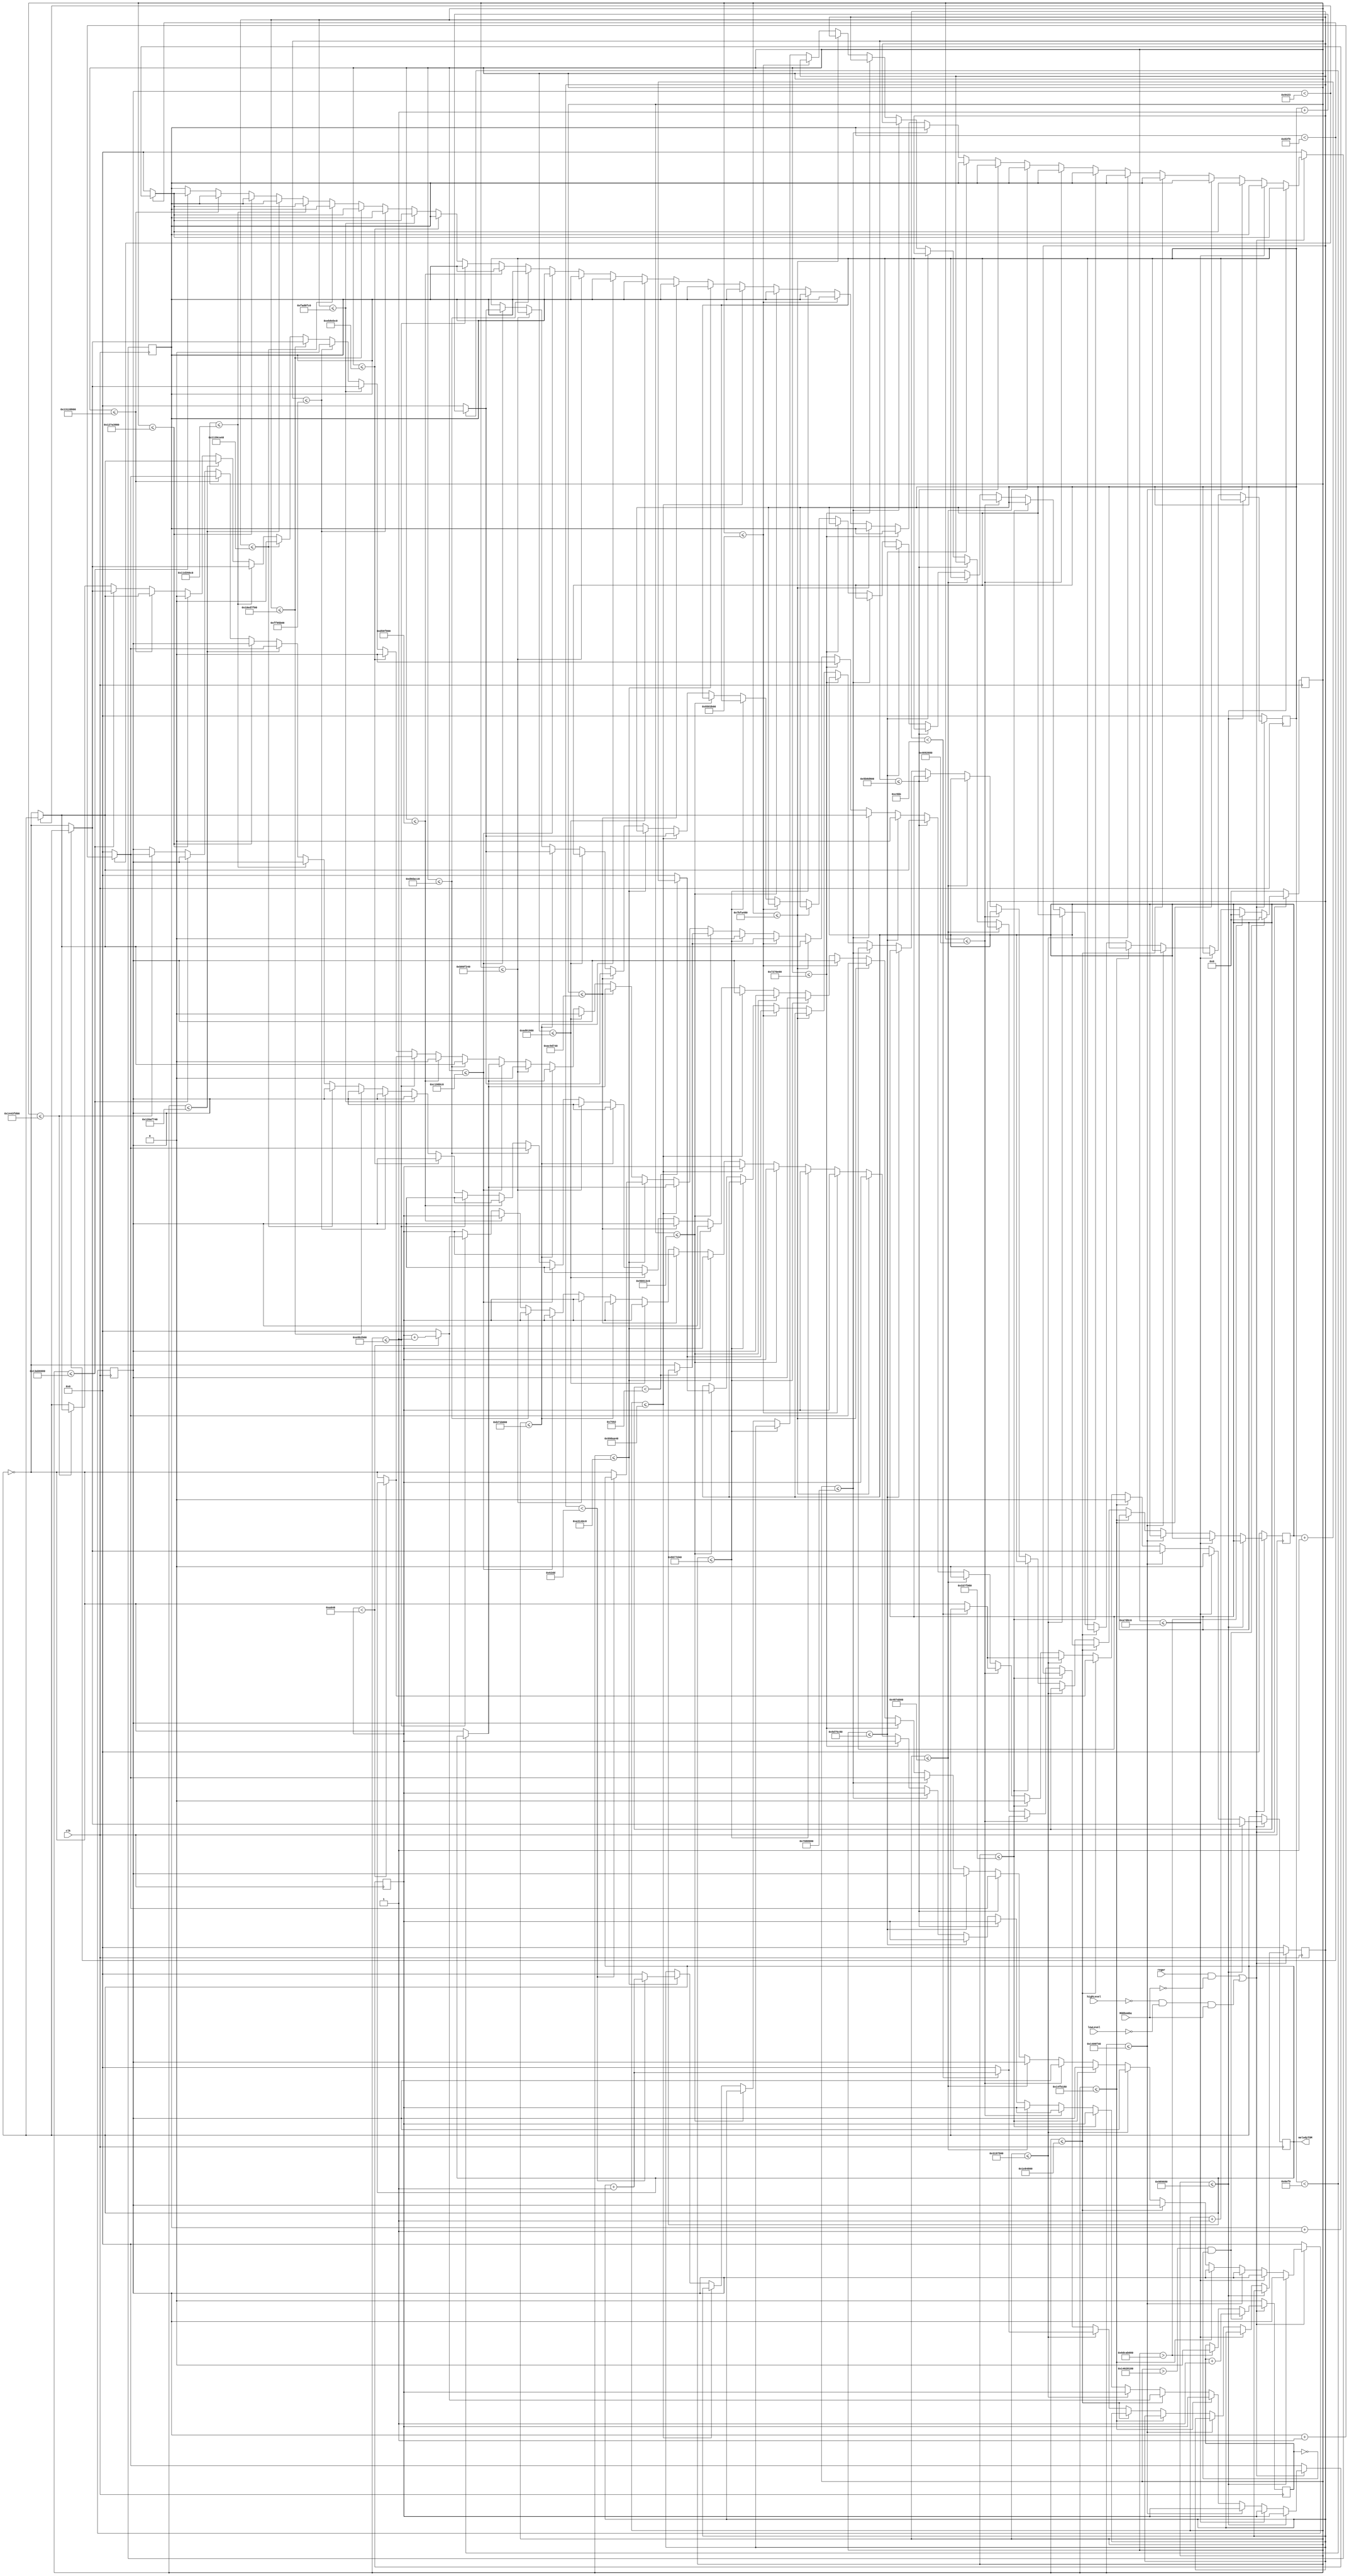
module alarmaTOM(clk, regar, MODbomba, lowLevel, highLevel, melodyTOM);				// Take On Me - a-ha
	input wire clk;
	input wire regar;		// Indica si se debe regar la planta
	input wire MODbomba;		// Indica si el mdulo de la bomba est conectado
	input wire lowLevel;		// Nivel de agua del tanque alto (5 %)
	input wire highLevel;		// Nivel de agua del tanque alto (90 %)
	output reg melodyTOM;		// Cancin a reproducir en el parlante
	
	reg [19:0] re;
	reg [19:0] mi;
	reg [19:0] fa;
	reg [19:0] sol;
	reg [19:0] la;
	reg [19:0] si;
	reg [63:0] tiempo;
	reg repetir;			// Para repetir la meloda 2 veces

	initial begin
		tiempo = 64'b0;
		re = 20'b0;
		mi = 20'b0;
		fa = 20'b0;
		sol = 20'b0;
		la = 20'b0;
		si = 20'b0;
		repetir = 1'b0;
	end

	always @(posedge clk) begin
		
		
		if(regar && !MODbomba || (!highLevel && !lowLevel && MODbomba)) begin
		
			if(tiempo <= 64'd10_000_000) begin
				if(fa < 20'd33_784) begin
					fa <= fa + 20'd1;
				end else begin
					melodyTOM <= !melodyTOM;
					fa <= 20'd0;
				end
			end else if(tiempo <= 64'd11_000_000) begin
					melodyTOM <= 1'd0;
			end else if(tiempo <= 64'd21_000_000) begin
				if(fa < 20'd33_784) begin
					fa <= fa + 20'd1;
				end else begin
					melodyTOM <= !melodyTOM;
					fa <= 20'd0;
				end
			end else if(tiempo <= 64'd22_000_000) begin
					melodyTOM <= 1'd0;
			end else if(tiempo <= 64'd32_000_000) begin
				if(re < 20'd42_566) begin
					re <= re + 20'd1;
				end else begin
					melodyTOM <= !melodyTOM;
					re <= 20'd0;
				end
			end else if(tiempo <= 64'd52_000_000) begin
				if(si < 20'd50_619) begin
					si <= si + 20'd1;
				end else begin
					melodyTOM <= !melodyTOM;
					si <= 20'd0;
				end
			end else if(tiempo <= 64'd54_000_000) begin
					melodyTOM <= 1'd0;
			end else if(tiempo <= 64'd74_000_000) begin
				if(si < 20'd50_619) begin
					si <= si + 20'd1;
				end else begin
					melodyTOM <= !melodyTOM;
					si <= 20'd0;
				end
			end else if(tiempo <= 64'd76_000_000) begin
					melodyTOM <= 1'd0;
			end else if(tiempo <= 64'd96_000_000) begin
				if(mi < 20'd37_923) begin
					mi <= mi + 20'd1;
				end else begin
					melodyTOM <= !melodyTOM;
					mi <= 20'd0;
				end
			end else if(tiempo <= 64'd98_000_000) begin
					melodyTOM <= 1'd0;
			end else if(tiempo <= 64'd118_000_000) begin
				if(mi < 20'd37_923) begin
					mi <= mi + 20'd1;
				end else begin
					melodyTOM <= !melodyTOM;
					mi <= 20'd0;
				end
			end
			
			else if(tiempo <= 64'd120_000_000) begin
					melodyTOM <= 1'd0;
			end
			
			else if(tiempo <= 64'd130_000_000) begin
				if(mi < 20'd37_923) begin
					mi <= mi + 20'd1;
				end else begin
					melodyTOM <= !melodyTOM;
					mi <= 20'd0;
				end
			end else if(tiempo <= 64'd140_000_000) begin
				if(sol < 20'd30_098) begin
					sol <= sol + 20'd1;
				end else begin
					melodyTOM <= !melodyTOM;
					sol <= 20'd0;
				end
			end else if(tiempo <= 64'd141_000_000) begin
					melodyTOM <= 1'd0;
			end else if(tiempo <= 64'd151_000_000) begin
				if(sol < 20'd30_098) begin
					sol <= sol + 20'd1;
				end else begin
					melodyTOM <= !melodyTOM;
					sol <= 20'd0;
				end
			end else if(tiempo <= 64'd161_000_000) begin
				if(la < 20'd28_409) begin
					la <= la + 20'd1;
				end else begin
					melodyTOM <= !melodyTOM;
					la <= 20'd0;
				end
			end else if(tiempo <= 64'd171_000_000) begin
				if(si < 20'd25_309) begin
					si <= si + 20'd1;
				end else begin
					melodyTOM <= !melodyTOM;
					si <= 20'd0;
				end
			end else if(tiempo <= 64'd181_000_000) begin
				if(la < 20'd28_409) begin
					la <= la + 20'd1;
				end else begin
					melodyTOM <= !melodyTOM;
					la <= 20'd0;
				end
			end else if(tiempo <= 64'd182_000_000) begin
					melodyTOM <= 1'd0;
			end else if(tiempo <= 64'd192_000_000) begin
				if(la < 20'd28_409) begin
					la <= la + 20'd1;
				end else begin
					melodyTOM <= !melodyTOM;
					la <= 20'd0;
				end
			end else if(tiempo <= 64'd193_000_000) begin
					melodyTOM <= 1'd0;
			end else if(tiempo <= 64'd203_000_000) begin
				if(la < 20'd28_409) begin
					la <= la + 20'd1;
				end else begin
					melodyTOM <= !melodyTOM;
					la <= 20'd0;
				end
			end else if(tiempo <= 64'd219_000_000) begin
				if(mi < 20'd37_923) begin
					mi <= mi + 20'd1;
				end else begin
					melodyTOM <= !melodyTOM;
					mi <= 20'd0;
				end
			end else if(tiempo <= 64'd224_000_000) begin
					melodyTOM <= 1'd0;
			end else if(tiempo <= 64'd244_000_000) begin
				if(re < 20'd42_566) begin
					re <= re + 20'd1;
				end else begin
					melodyTOM <= !melodyTOM;
					re <= 20'd0;
				end
			end else if(tiempo <= 64'd247_000_000) begin
					melodyTOM <= 1'd0;
			end else if(tiempo <= 64'd263_000_000) begin
				if(fa < 20'd33_784) begin
					fa <= fa + 20'd1;
				end else begin
					melodyTOM <= !melodyTOM;
					fa <= 20'd0;
				end
			end else if(tiempo <= 64'd268_000_000) begin
					melodyTOM <= 1'd0;
			end else if(tiempo <= 64'd284_000_000) begin
				if(fa < 20'd33_784) begin
					fa <= fa + 20'd1;
				end else begin
					melodyTOM <= !melodyTOM;
					fa <= 20'd0;
				end
			end
			
			else if(tiempo <= 64'd289_000_000) begin
					melodyTOM <= 1'd0;
			end
			
			else if(tiempo <= 64'd299_000_000) begin
				if(fa < 20'd33_784) begin
					fa <= fa + 20'd1;
				end else begin
					melodyTOM <= !melodyTOM;
					fa <= 20'd0;
				end
			end else if(tiempo <= 64'd309_000_000) begin
				if(mi < 20'd37_923) begin
					mi <= mi + 20'd1;
				end else begin
					melodyTOM <= !melodyTOM;
					mi <= 20'd0;
				end
			end else if(tiempo <= 64'd310_000_000) begin
					melodyTOM <= 1'd0;
			end else if(tiempo <= 64'd320_000_000) begin
				if(mi < 20'd37_923) begin
					mi <= mi + 20'd1;
				end else begin
					melodyTOM <= !melodyTOM;
					mi <= 20'd0;
				end
			end else if(tiempo <= 64'd330_000_000) begin
				if(fa < 20'd33_784) begin
					fa <= fa + 20'd1;
				end else begin
					melodyTOM <= !melodyTOM;
					fa <= 20'd0;
				end
			end else if(tiempo <= 64'd340_000_000) begin
				if(mi < 20'd37_923) begin
					mi <= mi + 20'd1;
				end else begin
					melodyTOM <= !melodyTOM;
					mi <= 20'd0;
				end
			end
			
			tiempo <= tiempo + 64'd1;

			if(tiempo > 64'd342_000_000 && repetir == 1'b0) begin
				tiempo <= 64'd0;						// Reinicio de la cancin
				repetir <= repetir + 1'b1;
			end else if(tiempo > 64'd1_842_000_000) begin
				tiempo <= 64'd0;						// Reinicio de la cancin despus de 30 seg
				repetir <= 1'b0;
			end
		end else begin
			tiempo <= 64'b0;
			re <= 20'b0;
			mi <= 20'b0;
			fa <= 20'b0;
			sol <= 20'b0;
			la <= 20'b0;
			si <= 20'b0;
			repetir <= 1'b0;
		end
		
	end
	
endmodule